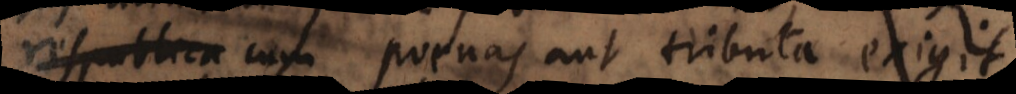
respublica cum poenas aut tributa exigit